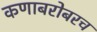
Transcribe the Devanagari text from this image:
कणाबरोबरच